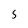
Character: 5